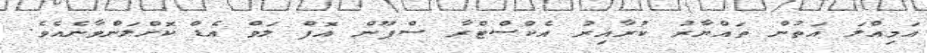
އަމިއްލަ އަތުން ތައްޔާރު ކުރާއިރު އެކްސްޓްރާ ސްޕޫން އޮފް ލަވް އެޑް ކޮށްލަންވާނެއެވެ.